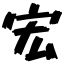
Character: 宏